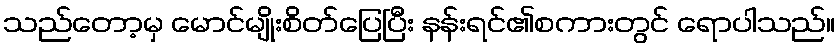
သည်တော့မှ မောင်မျိုးစိတ်ပြေပြီး နန်းရင်၏စကားတွင် ရောပါသည်။